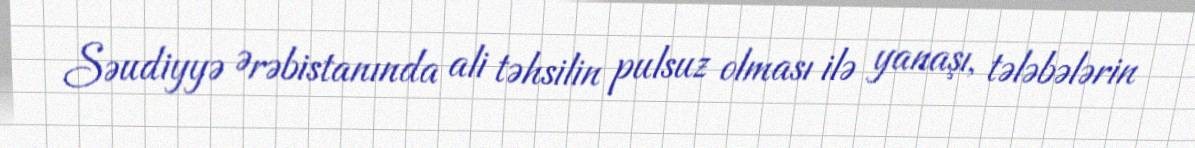
Səudiyyə Ərəbistanında ali təhsilin pulsuz olması ilə yanaşı, tələbələrin